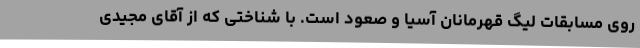
روی مسابقات لیگ قهرمانان آسیا و صعود است. با شناختی که از آقای مجیدی